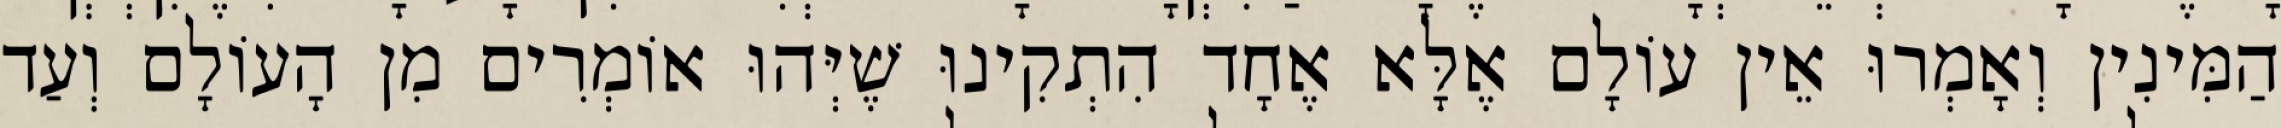
הַמִּינִין וְאָמְרוּ אֵין עוֹלָם אֶלָּא אֶחָד הִתְקִינוּ שֶׁיְּהוּ אוֹמְרִים מִן הָעוֹלָם וְעַד